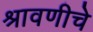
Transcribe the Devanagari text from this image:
श्रावणीचे